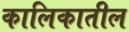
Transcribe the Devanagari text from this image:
कालिकातील